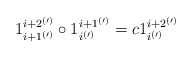
\begin{align*} 1_{i+1^{(\prime)}}^{i+2^{(\prime)}} \circ 1_{i^{(\prime)}}^{i+1^{(\prime)}} = c 1_{i^{(\prime)}} ^{i+2^{(\prime)}} \end{align*}